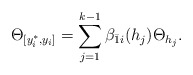
\begin{align*}\Theta_{[y^*_i,y_i]}=\sum_{j=1}^{k-1}\beta_{\bar1i}(h_j)\Theta_{h_j}.\end{align*}